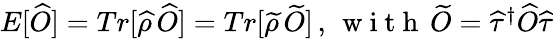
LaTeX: \begin{array}{r}{E[\widehat{O}]=Tr[\widehat{\rho}\, \widehat{O}]=Tr[\widetilde{\rho}\, \widetilde{O}]\, ,\, \mathrm{~w~i~t~h~}\, \widetilde{O}=\widehat\tau^{\dagger}{\widehat O}\widehat\tau}\end{array}